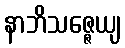
နာဘိသဇ္ဇေယျ